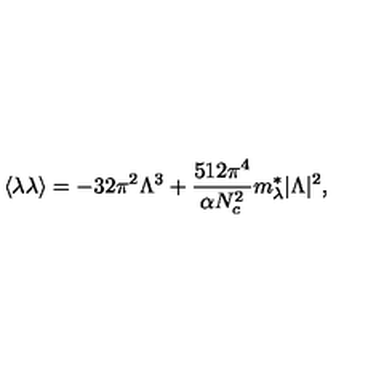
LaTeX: \langle \lambda \lambda \rangle = - 3 2 \pi ^ { 2 } \Lambda ^ { 3 } + \frac { 5 1 2 \pi ^ { 4 } } { \alpha N _ { c } ^ { 2 } } m _ { \lambda } ^ { * } | \Lambda | ^ { 2 } ,